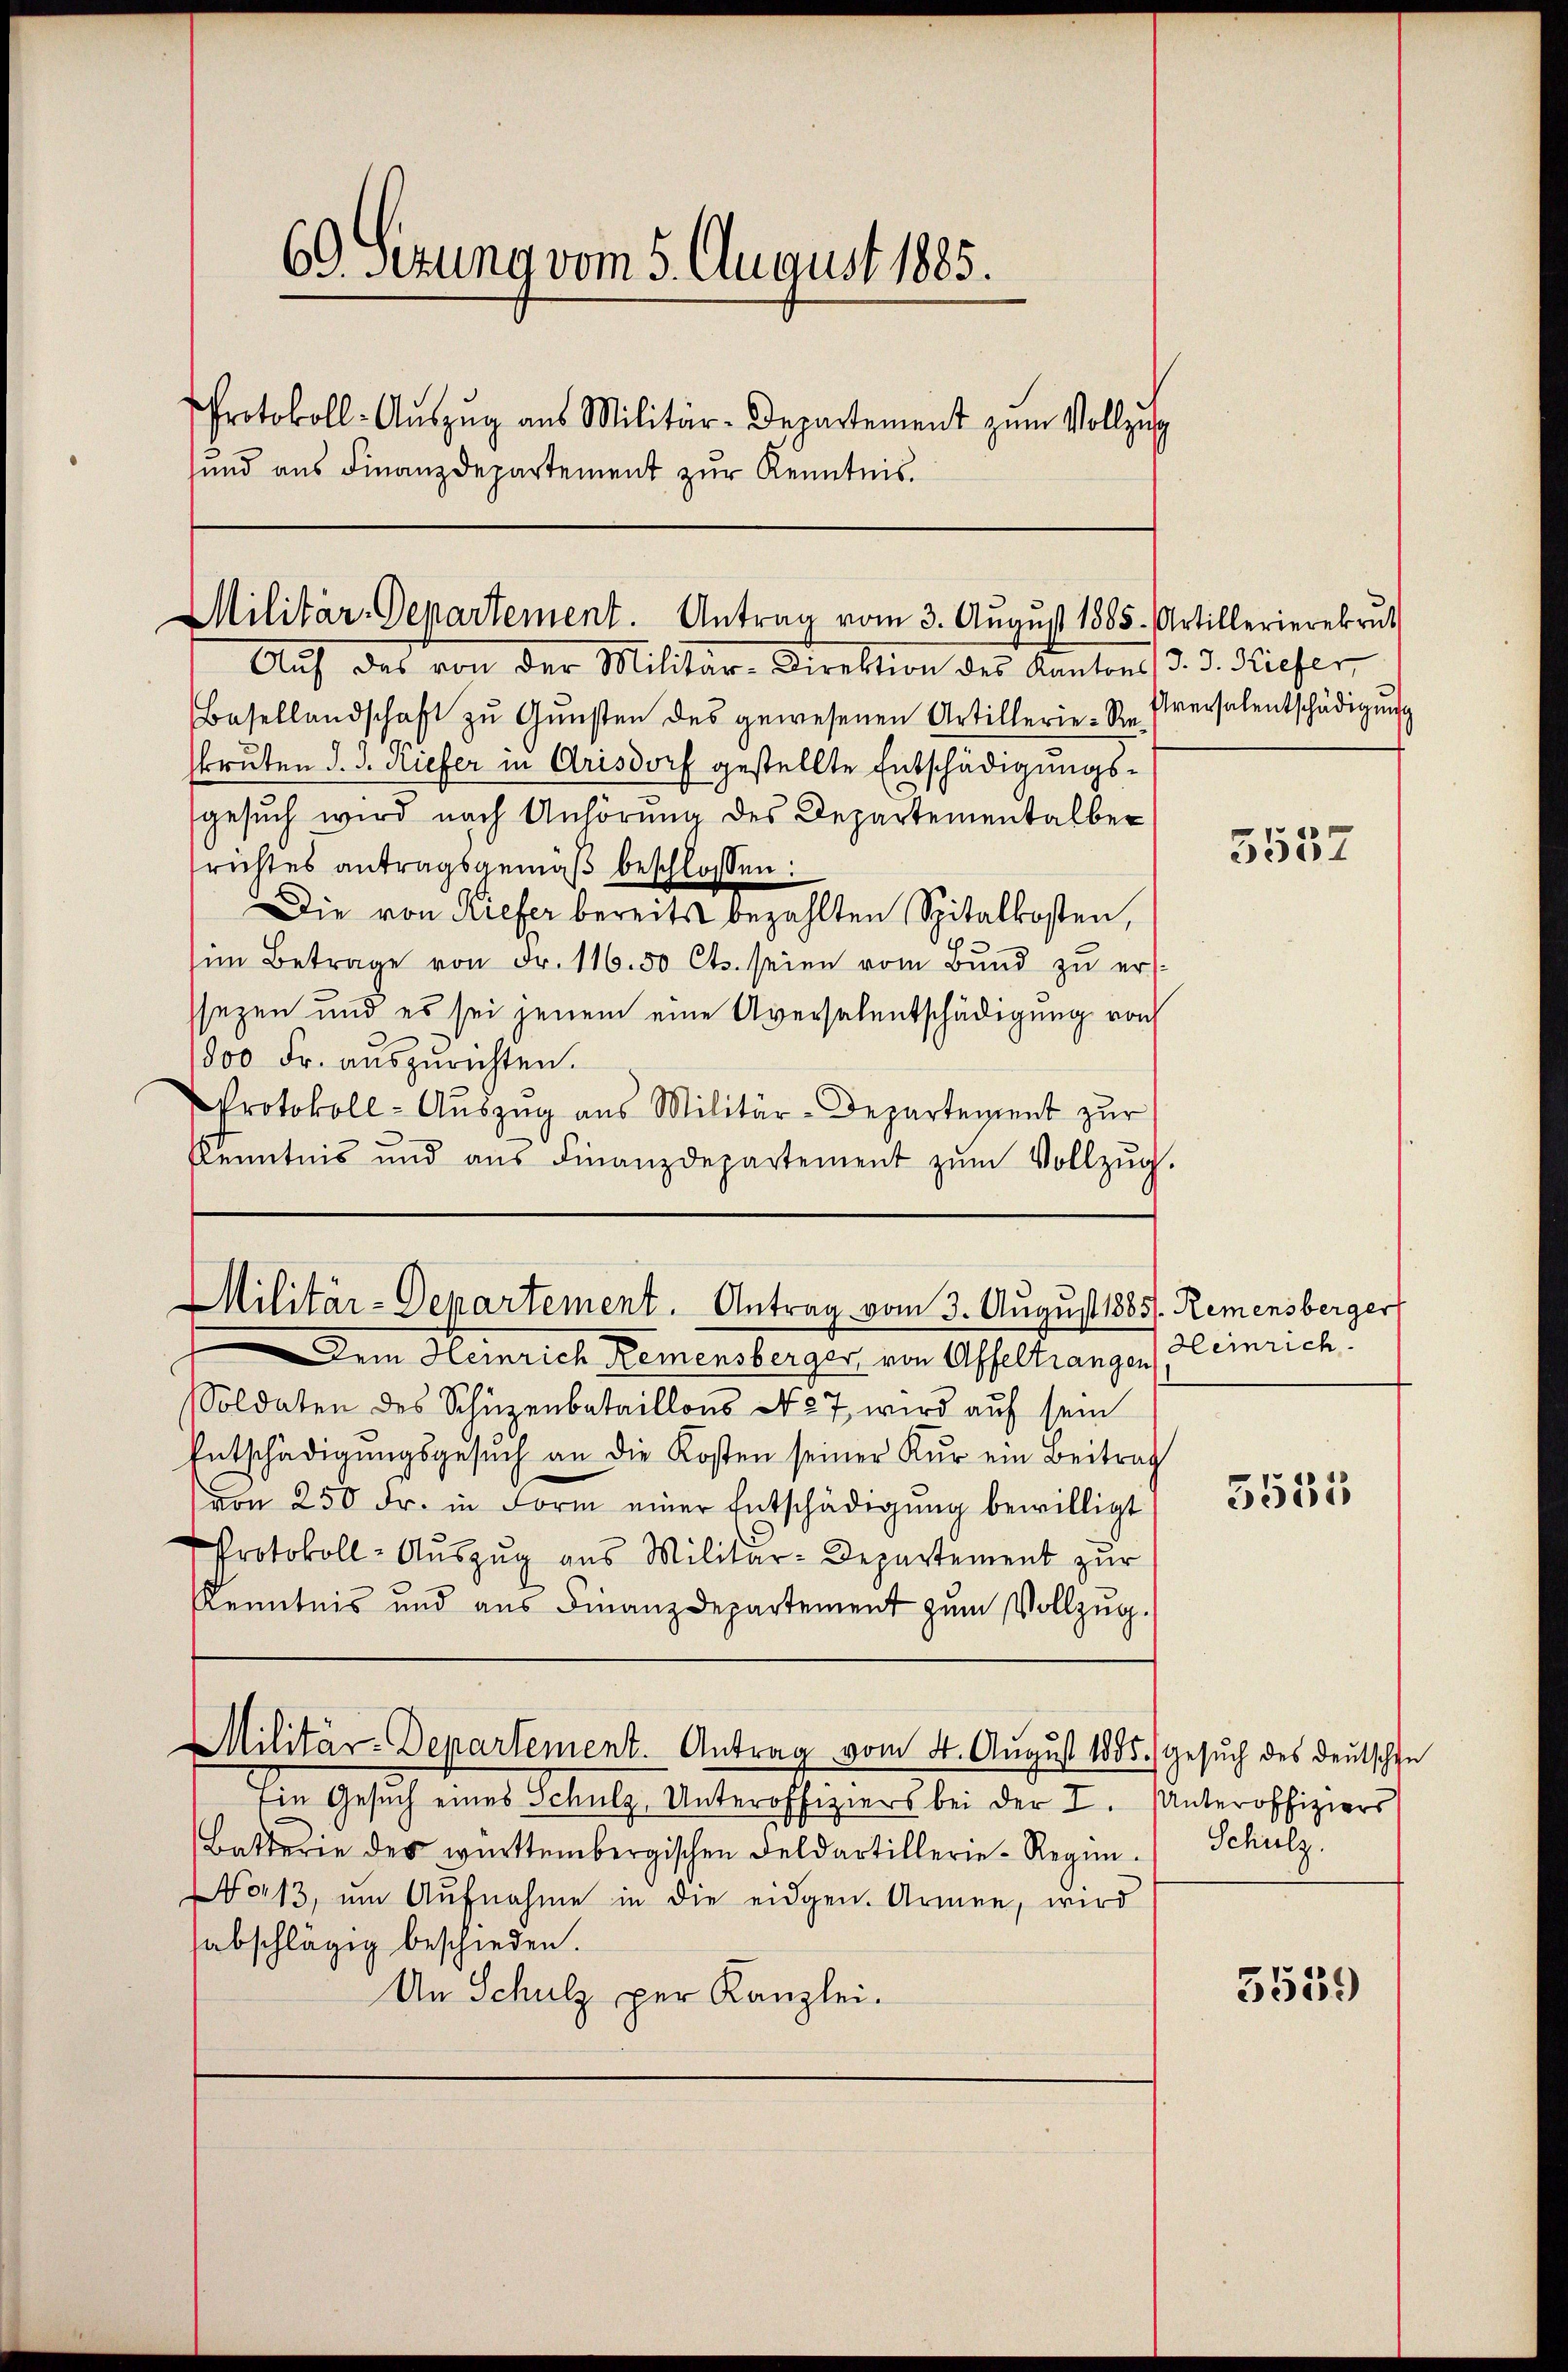
60. Sizung vom 5. August 1885.
Protokoll-Auszug aus Militär-Departement zum Vollzug
sund aus Finanzdepartement zŭr Kenntnis.

Militär-Departement. Antrag vom 3. Aŭgŭst 1885 Artillerierekrut
Auf des von der Militär-Direktion der Kantons d. d. Hiefer

Basellandschaft zŭ Gŭnsten des gewesenen Artillerie-Re. versalentschädigŭng
bruten d. d. Kiefer in Arisdorf gestellte Entschädigungssgesuch wird nach Anhörung des Departementalber
richtes antragsgemäß beschlossen:
Die von Kiefer bereits bezahlten Spitalkosten,
im Betrage von Fr. 116. 50 Cts. seien vom Bund zu ersezen und es sei jenem eine Aversalentschädigung von
1800 Fr. aŭszŭrichten.
Protokoll-Aŭszŭg ans Militär-Departement zŭr
Kenntnis und aŭs Finanzdepartement zŭm Vollzŭg.

Militär-Departement. Antrag vom 3. August 1885. Remensberger

Dem Heinrich Remensberger von Affeltrangen
Soldaten des Schüzenbataillons N. 27, wird auf sein
Entschädigŭngsgesŭch an die Kosten seiner Kur ein Beitrag
(von 250 Fr. in Form einer Entschädigung bewilligt
Protokoll-Auszug aus Militär-Departement zur
Kenntnis und aus Finanzdepartement zum Vollzug.
Militär-Departement. Antrag vom 4. August 1885. Gesuch des Deutschen
Ein Gesuch eines Schulz, Unteroffiziers bei der I. Unteroffiziers
Batterie des württembergischen Feldartillerie-Regio13, um Aufnahme in die eidgen. Armen, wird
abschlägig beschieden.
An Schulz per Kanzlei.

5552

Heinrich

5535

Schulz.

3539